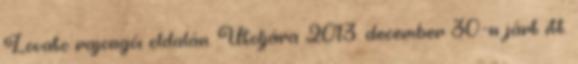
Lovato rajongói oldalán. Utoljára 2013. december 30.-n járt itt.